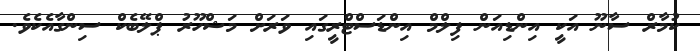
ކުމާރް ސާނޫ އަކީ އިންޑިއަން ފިލްމް އިންޑަސްޓްރީގައި ވަރަށް މަޝްހޫރު ޕްލޭބެކް ސިންގާއެކެވެ.